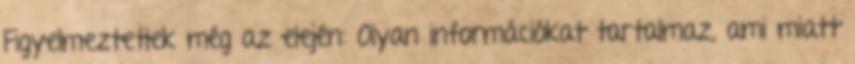
Figyelmeztetlek még az elején: Olyan információkat tartalmaz, ami miatt